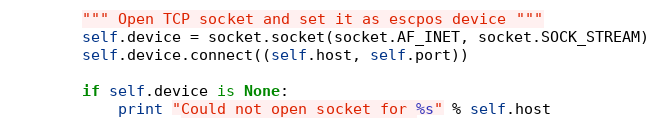
Language: Python
        """ Open TCP socket and set it as escpos device """
        self.device = socket.socket(socket.AF_INET, socket.SOCK_STREAM)
        self.device.connect((self.host, self.port))

        if self.device is None:
            print "Could not open socket for %s" % self.host